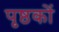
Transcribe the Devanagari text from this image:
पृष्ठकों